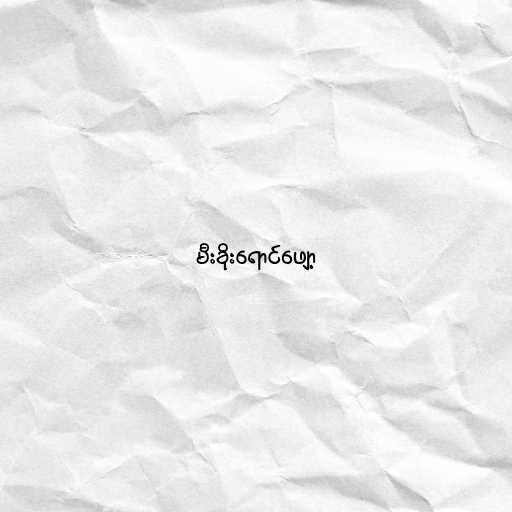
မီးခိုးရောင်ဖျော့